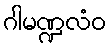
ဂါမဏ္ဍလံဝ